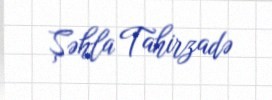
Şəhla Tahirzadə